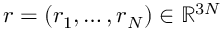
r = ( r _ { 1 } , \dots , r _ { N } ) \in \ensuremath { \mathbb { R } } ^ { 3 N }